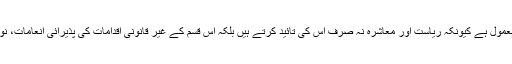
ہمارے سکیورٹی اہلکاروں کے لیے قانون توڑنا ایک معمول ہے کیونکہ ریاست اور معاشرہ نہ صرف اس کی تائید کرتے ہیں بلکہ اس قسم کے غیر قانونی اقدامات کی پذیرائی انعامات، نوازشات اور ترقیوں کی صورت میں بھی کی جاتی ہے۔